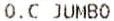
O.C JUMBO